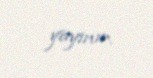
yayınır.